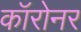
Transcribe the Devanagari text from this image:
कॉरोनर